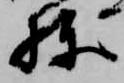
棟